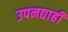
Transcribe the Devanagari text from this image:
उपनद्याही